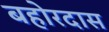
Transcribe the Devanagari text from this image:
बहोरदास